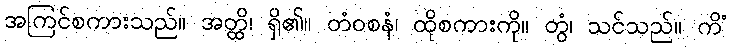
အကြင်စကားသည်။ အတ္ထိ၊ ရှိ၏။ တံဝစနံ၊ ထိုစကားကို။ တွံ၊ သင်သည်။ ကိံ